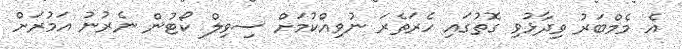
އެ މެމްބަރު ވިދާޅުވި ގޮތުގައި ހެރަތެރަ ނުވިއްކުމަށް ސިވިލް ކޯޓުން ނެރުނު އަމުރަށް